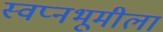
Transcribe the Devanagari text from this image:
स्वप्नभूमीला